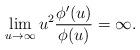
LaTeX: \begin{align*} \lim_{u \to \infty } u^2\frac{\phi'(u)}{\phi(u)} = \infty.\end{align*}